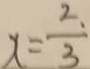
x = \frac { 2 . } { 3 }